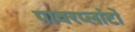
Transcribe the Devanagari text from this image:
पावरप्लांटों